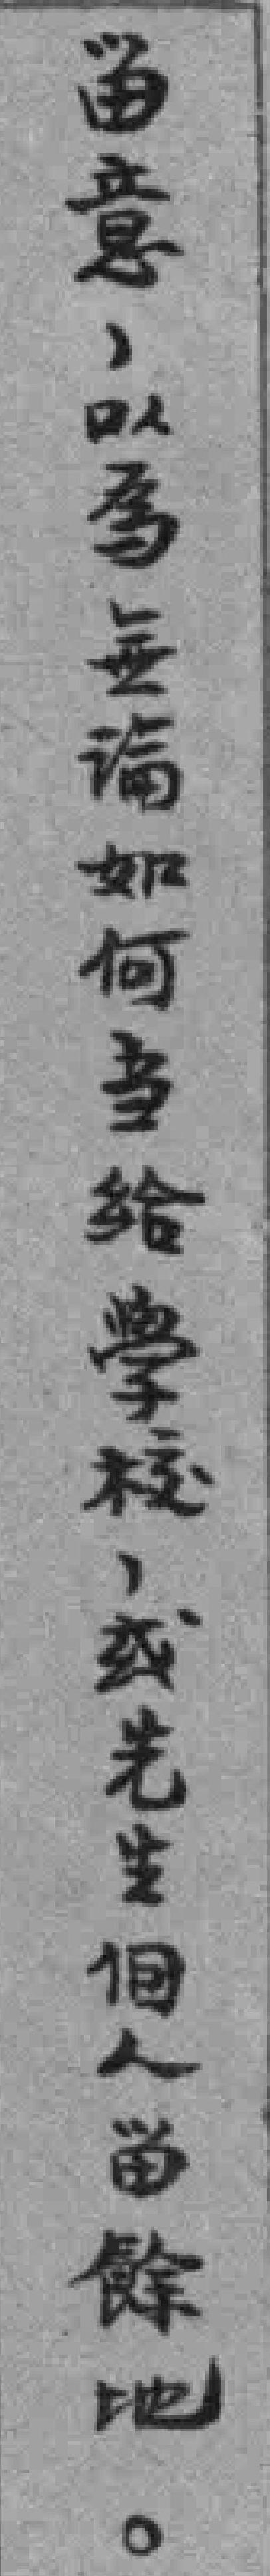
畄意，以為無論如何当給學校，或先生個人畄餘地。